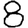
Digit: 8